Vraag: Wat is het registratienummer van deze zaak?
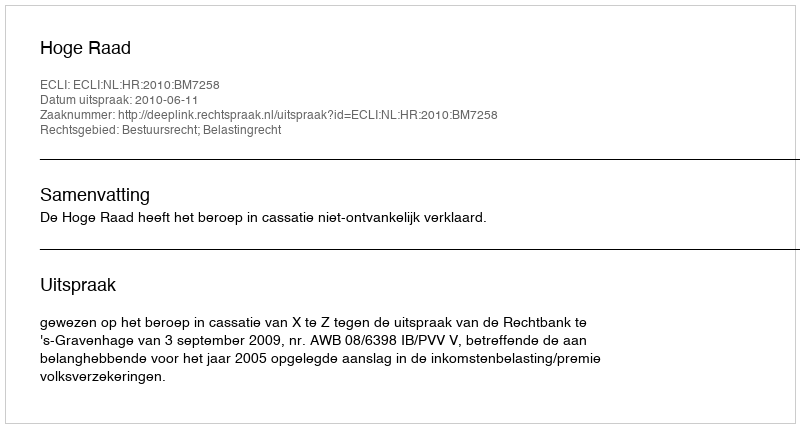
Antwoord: http://deeplink.rechtspraak.nl/uitspraak?id=ECLI:NL:HR:2010:BM7258